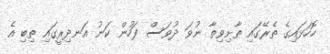
ހޮހަޅައިގެ ތެރޭގައި ތާށިވިތާ ނުވަ ދުވަސް ފަހުން ކަނު އަނދިރީގައި ތިބި އެ